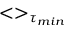
< > _ { \tau _ { m i n } }